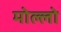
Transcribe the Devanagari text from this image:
मोल्लो